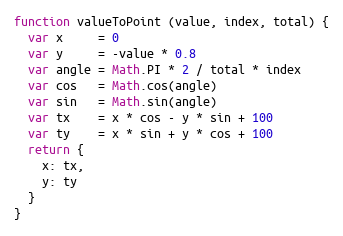
Language: JavaScript
function valueToPoint (value, index, total) {
  var x     = 0
  var y     = -value * 0.8
  var angle = Math.PI * 2 / total * index
  var cos   = Math.cos(angle)
  var sin   = Math.sin(angle)
  var tx    = x * cos - y * sin + 100
  var ty    = x * sin + y * cos + 100
  return {
    x: tx,
    y: ty
  }
}